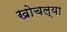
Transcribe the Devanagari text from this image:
खोचल्या